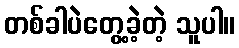
တစ်ခါပဲတွေ့ခဲ့တဲ့ သူပါ။